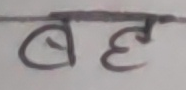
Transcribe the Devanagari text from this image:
बह